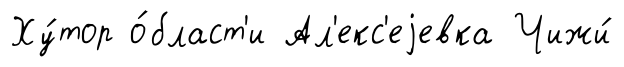
Ху́тор о́бласт'и Ал'екс'еjевка Чижи́